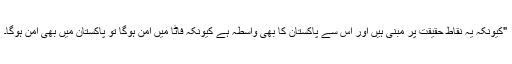
"کیونکہ یہ نقاط حقیقت پر مبنی ہیں اور اس سے پاکستان کا بھی واسطہ ہے کیونکہ فاٹا میں امن ہوگا تو پاکستان میں بھی امن ہوگا۔